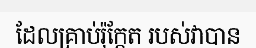
ដែលគ្រាប់រ៉ុក្កែត របស់វាបាន